画像に写った文字を読んでください
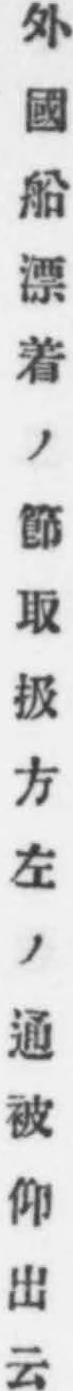
「外國船漂着ノ節取扱方左ノ通被仰出云」と書いてあります